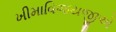
ખીમાવિજયજીએ